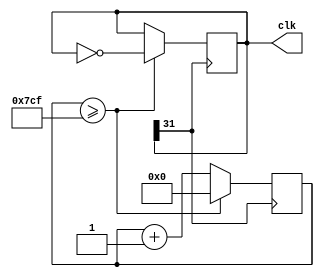
module clk_generator1(
  output reg [31:0] clk
);

parameter PERIOD = 2000;

reg [31:0] counter;

always @(posedge clk[31])
begin
  counter <= counter + 1;
  if (counter >= (PERIOD - 1)) begin
    counter <= 0;
    clk <= ~clk;
  end
end

initial begin
  clk <= 0;
  counter <= 0;
end

endmodule